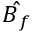
\hat { \boldsymbol B _ { f } }